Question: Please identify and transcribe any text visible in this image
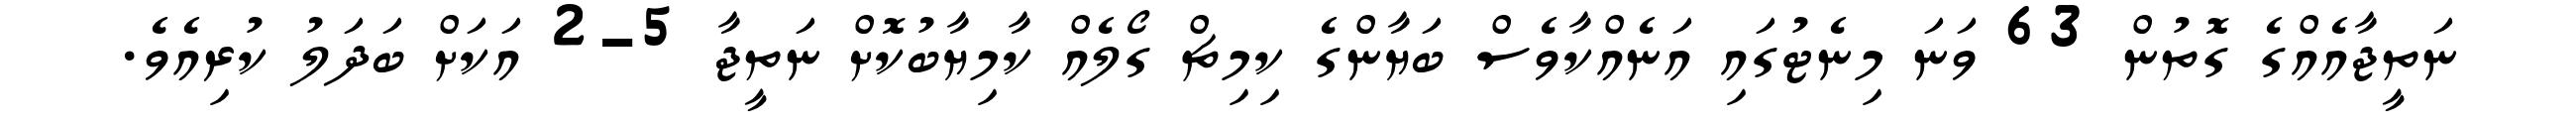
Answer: ނަތީޖާއެއްގެ ގޮތުން 63 ވަނަ މިނެޓުގައި އަނެއްކާވެސް ބަޔާންގެ ކިމިޗް ގޯލެއް ކާމިޔާބުކޮށް ނަތީޖާ 5-2 އަކަށް ބަދަލު ކުރިއެވެ.